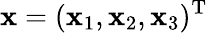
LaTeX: \boldsymbol{\mathbf{x}}=(\mathbf{x}_{1},\mathbf{x}_{2},\mathbf{x}_{3})^{\textrm{{T}}}